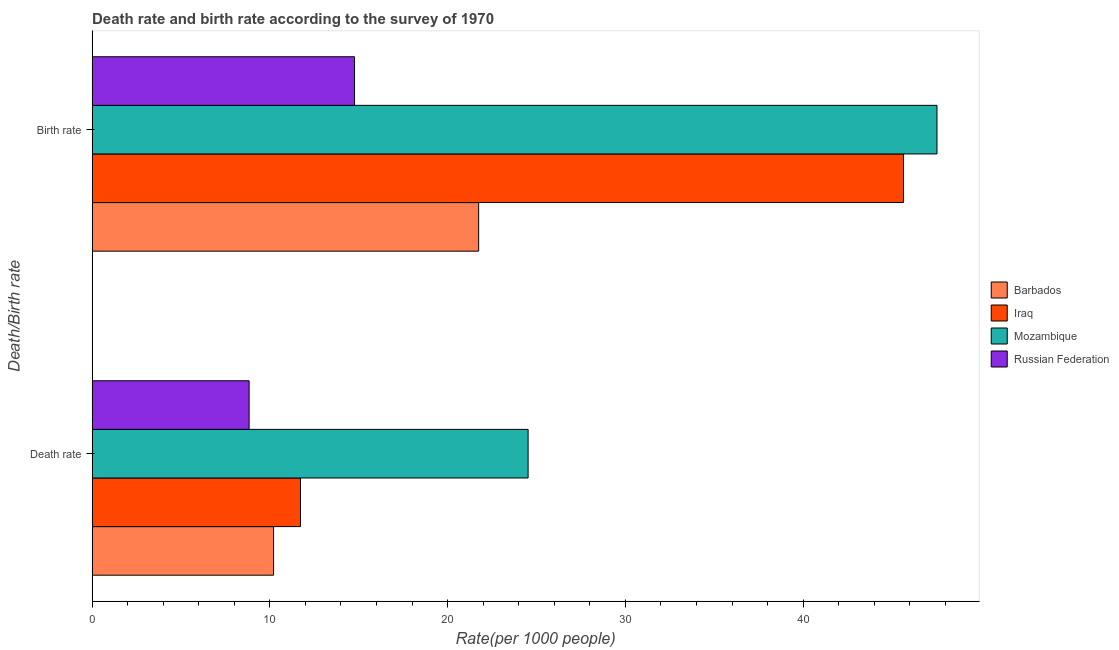
| Death/Birth rate | Barbados | Iraq | Mozambique | Russian Federation |
 | --- | --- | --- | --- | --- |
 | Death rate | 10.2 | 11.7 | 24.5 | 8.83 |
 | Birth rate | 21.7 | 45.6 | 47.5 | 14.8 |